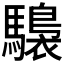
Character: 𩦫